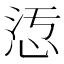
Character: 𢙁